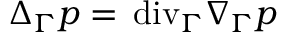
\Delta _ { \Gamma } p = { \mathop { \, \mathrm { d i v } } } _ { \Gamma } \nabla _ { \Gamma } p